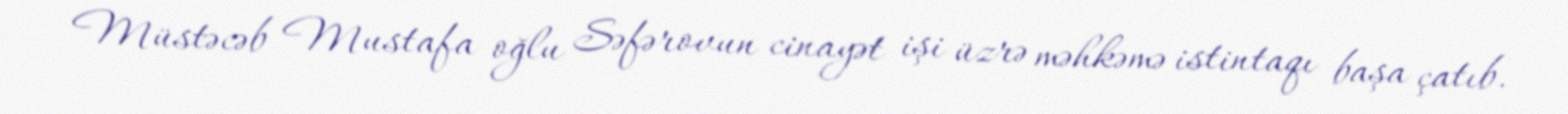
Müstəcəb Mustafa oğlu Səfərovun cinayət işi üzrə məhkəmə istintaqı başa çatıb.